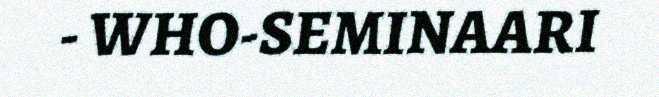
- WHO-SEMINAARI